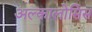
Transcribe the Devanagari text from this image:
अल्कालोसिस